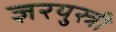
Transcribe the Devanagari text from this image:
ज़रयुस्त्री